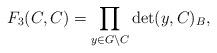
LaTeX: \begin{align*}F_{3}(C,C) = \prod_{y \in G \setminus C} \det(y,C)_{B},\end{align*}